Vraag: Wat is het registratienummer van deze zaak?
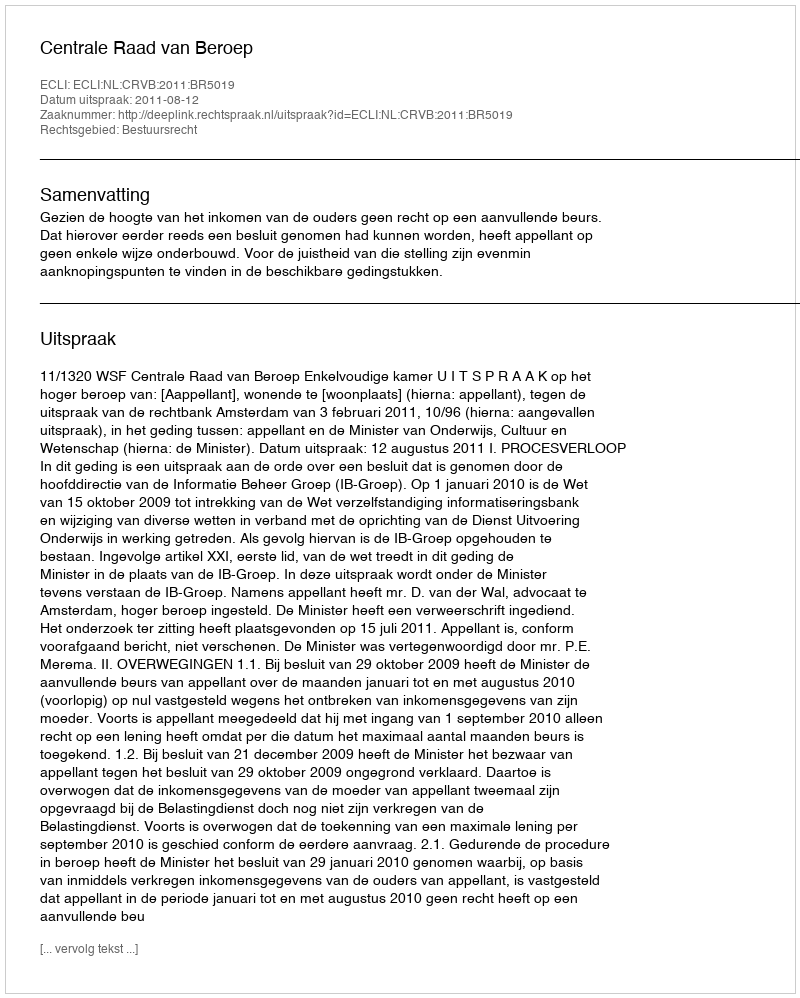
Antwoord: http://deeplink.rechtspraak.nl/uitspraak?id=ECLI:NL:CRVB:2011:BR5019